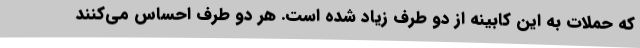
که حملات به این کابینه از دو طرف زیاد شده است. هر دو طرف احساس می‌کنند